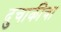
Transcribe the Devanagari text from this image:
दुचाकीचा